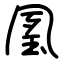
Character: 㓘